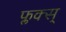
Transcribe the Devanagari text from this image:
फ्लक्स्